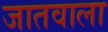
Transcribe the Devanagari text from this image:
जातवाला